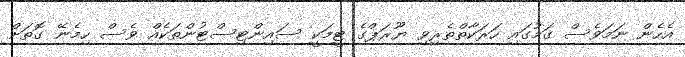
އެހެން ނަމަވެސް ގަމުގައި ހަރަކާތްތެރިވި ޔޫރަޕްގެ ޓީމަކީ ސައިންޓިސްޓުންތަކެއް ވެސް ހިމެނޭ ގޮތަށް